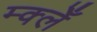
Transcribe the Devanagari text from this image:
म्क्लेँ